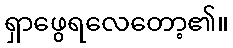
ရှာဖွေရလေတော့၏။